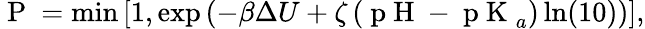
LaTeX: \mathrm{~P~}=\operatorname*{min}\left[1,\exp\left(-\beta\Delta U+\zeta\left(\mathrm{~p~H~}-\mathrm{~p~K~}_{a}\right)\ln(10)\right)\right],